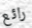
رائع